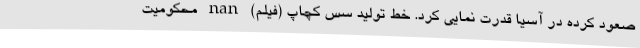
صعود کرده در آسیا قدرت نمایی کرد. خط تولید سس کچاپ (فیلم) nan محکومیت